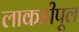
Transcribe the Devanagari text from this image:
लाकडीपूल